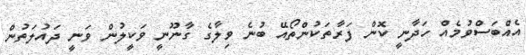
އެއްބަސްވުމެއް ހަދާނީ ކޮން ފަރާތަކުންތޯއޭ ބުނެ ވިލާގެ ގާނޫނީ ވަކީލުން ވަނީ ދައުލަތުން